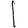
Digit: 1